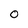
Character: 0